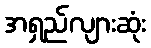
အရှည်လျားဆုံး